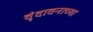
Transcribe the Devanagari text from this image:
वृंदावनाच्या